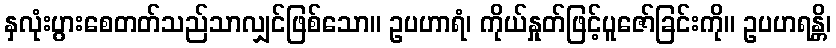
နှလုံးပွားစေတတ်သည်သာလျှင်ဖြစ်သော။ ဥပဟာရံ၊ ကိုယ်နှုတ်ဖြင့်ပူဇော်ခြင်းကို။ ဥပဟရန္တိ၊